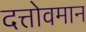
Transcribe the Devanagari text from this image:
दत्तोवमान